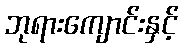
ဘုရားကျောင်းနှင့်